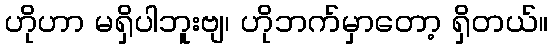
ဟိုဟာ မရှိပါဘူးဗျ၊ ဟိုဘက်မှာတော့ ရှိတယ်။